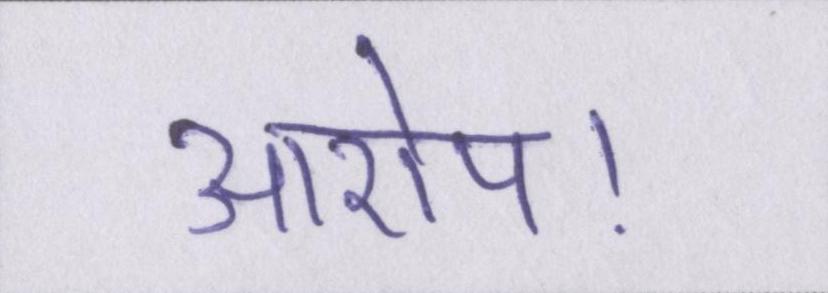
आरोप।